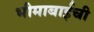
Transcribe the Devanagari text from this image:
भीमाबाईची